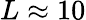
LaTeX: L\approx 10